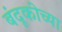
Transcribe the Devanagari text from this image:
बंदूकीच्या